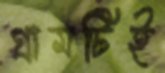
গ্রামটিই